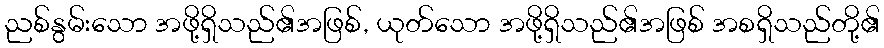
ညစ်နွမ်းသော အဖို့ရှိသည်၏အဖြစ်, ယုတ်သော အဖို့ရှိသည်၏အဖြစ် အစရှိသည်တို့၏